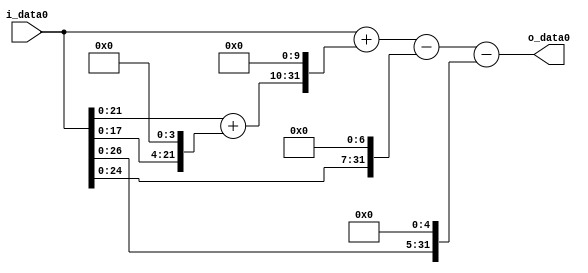
module multiplier_block_8 (
    i_data0,
    o_data0
);
  input   [31:0] i_data0;
  output  [31:0]
    o_data0;
  wire [31:0]
    w1,
    w16,
    w17,
    w17408,
    w17409,
    w128,
    w17281,
    w32,
    w17249;
  assign w1 = i_data0;
  assign w128 = w1 << 7;
  assign w16 = w1 << 4;
  assign w17 = w1 + w16;
  assign w17249 = w17281 - w32;
  assign w17281 = w17409 - w128;
  assign w17408 = w17 << 10;
  assign w17409 = w1 + w17408;
  assign w32 = w1 << 5;
  assign o_data0 = w17249;
endmodule